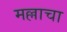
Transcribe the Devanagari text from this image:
मल्लाचा